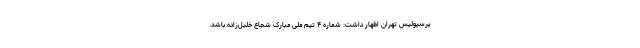
پرسپولیس تهران اظهار داشت: شماره ۴ تیم ملی مبارک شجاع خلیل‌زاده باشد.